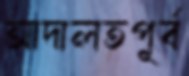
আদালতপূর্ব